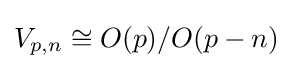
V_{p,n}\cong O(p)/O(p-n)